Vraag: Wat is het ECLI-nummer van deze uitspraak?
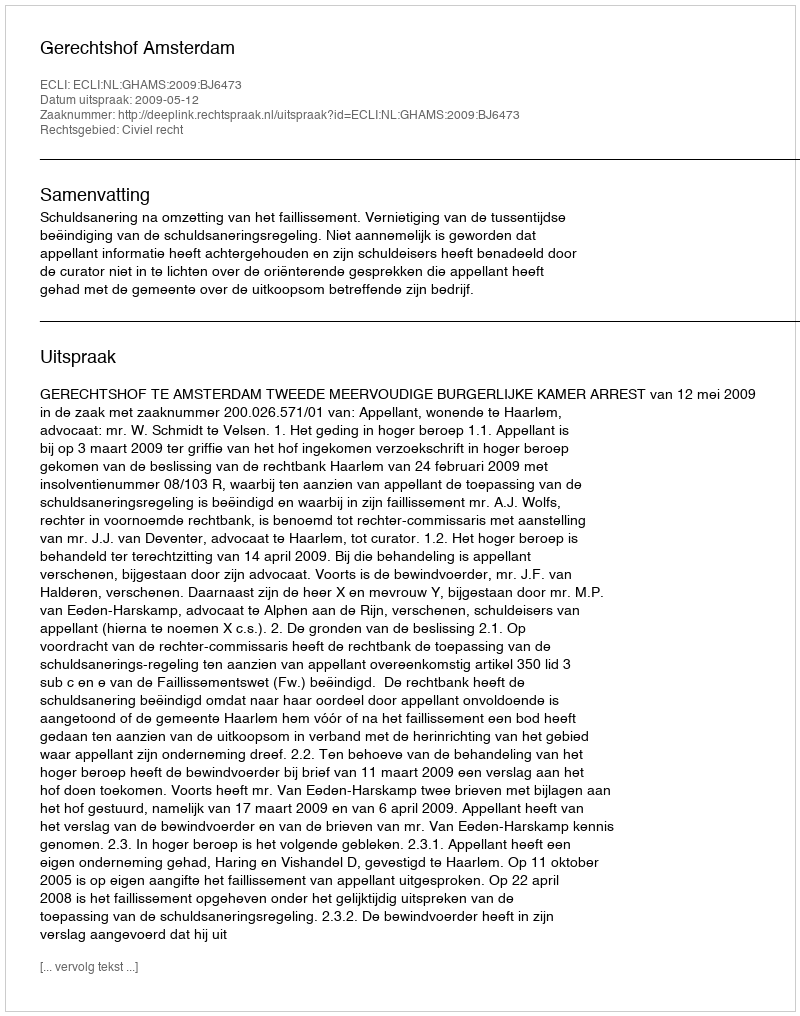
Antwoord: ECLI:NL:GHAMS:2009:BJ6473